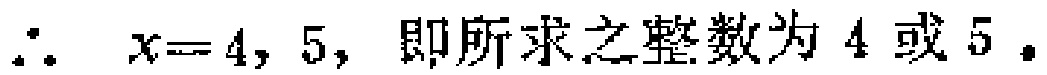
\(\therefore x = 4,5,\) 即所求之整数为 \(4\) 或 \(5\).